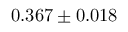
0 . 3 6 7 \pm 0 . 0 1 8